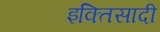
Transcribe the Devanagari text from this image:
इक्तिसादी